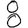
Digit: 8